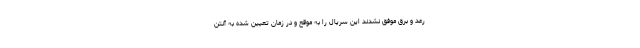
رعد و برق موفق نشدند این سریال را به موقع و در زمان تعیین شده به آنتن